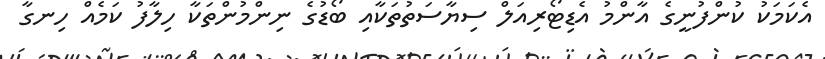
އެކަމަކު ކުންފުނީގެ އާންމު އެޑިޓޯރިއަލް ސިޔާސަތުތަކާއި ބޯޑުގެ ނިންމުންތަކާ ހިލާފު ކަމެއް ހިނގާ